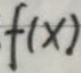
\[f(x)\]